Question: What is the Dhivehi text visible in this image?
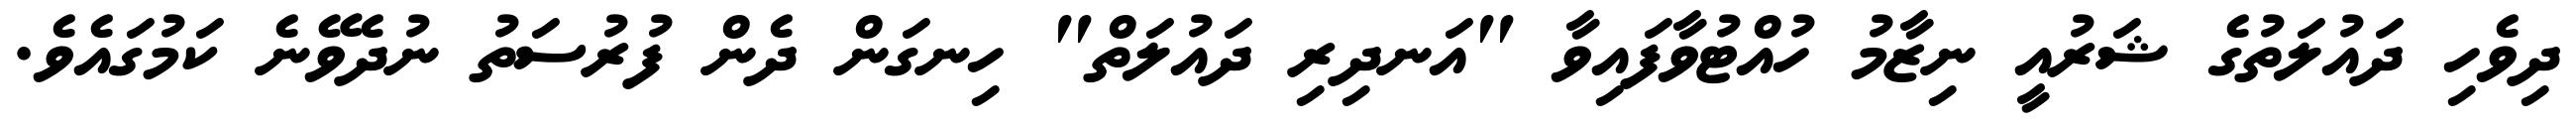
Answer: ދިވެހި ދައުލަތުގެ ޝަރުއީ ނިޒާމު ހުއްޓުވާފައިވާ "އަނދިރި ދައުލަތް" ހިނގަން ދެން ފުރުސަތު ނުދެވޭނެ ކަމުގައެވެ.